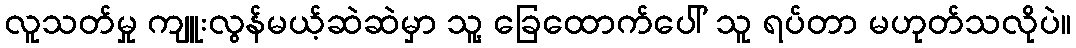
လူသတ်မှု ကျူးလွန်မယ့်ဆဲဆဲမှာ သူ့ ခြေထောက်ပေါ် သူ ရပ်တာ မဟုတ်သလိုပဲ။